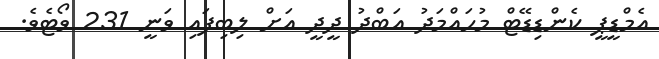
އެމްޑީޕީ ކެންޑިޑޭޓް މުހައްމަދު އަބްދު ދީދީ އަށް ލިބިފައި ވަނީ 231 ވޯޓެވެ.